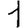
Digit: 1